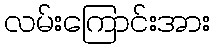
လမ်းကြောင်းအား